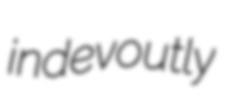
indevoutly